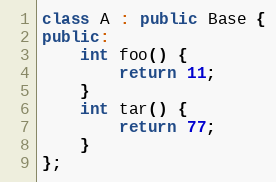
Language: C++
class A : public Base {
public:
    int foo() {
        return 11;
    }
    int tar() {
        return 77;
    }
};